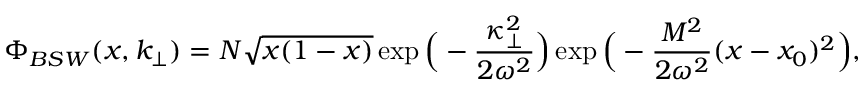
\Phi _ { B S W } ( x , k _ { \bot } ) = { \cal N } \sqrt { x ( 1 - x ) } \exp \Big ( - { \frac { \kappa _ { \bot } ^ { 2 } } { 2 \omega ^ { 2 } } } \Big ) \exp \Big ( - { \frac { M ^ { 2 } } { 2 \omega ^ { 2 } } } ( x - x _ { 0 } ) ^ { 2 } \Big ) ,